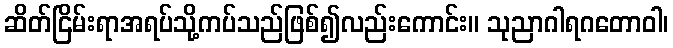
ဆိတ်ငြိမ်းရာအရပ်သို့ကပ်သည်ဖြစ်၍လည်းကောင်း။ သုညာဂါရဂတောဝါ၊